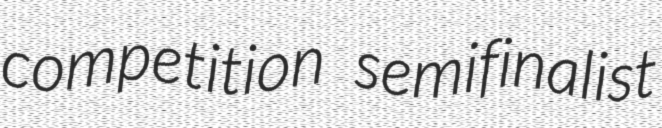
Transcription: competition semifinalist